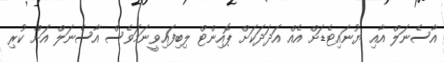
އާސެނަލް އާއި ޔުނައިޓެޑަށް އެއް އަދަދަކަށް ޕޮއިންޓް ލިބިފައިވީނަމަވެސް އާސެނަލް އަށް ކުރި